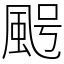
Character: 𩖸